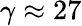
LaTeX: \gamma\approx 27